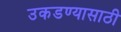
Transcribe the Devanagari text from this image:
उकडण्यासाठी